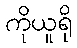
ကိုယူရို